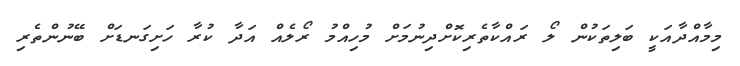
މިމާއްދާއަކީ ބަލިތަކުން ލޯ ރައްކާތެރިކޮށްދިނުމަށް މުހިއްމު ރޯލެއް އަދާ ކުރާ ހަށިގަނޑަށް ބޭނުންތެރި